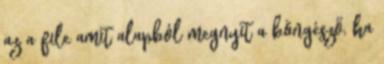
az a file amit alapból megnyit a böngésző, ha